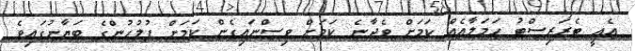
އެއީ ޓެރަރިސްޓު ހަމަލާއެއް ކަމަށް ވެދާނެ ކަމަށް ވިސްނައިގެން ކަމަށް ފުލުހުންގެ ބަޔާނުގައިވެ